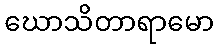
ဃောသိတာရာမော